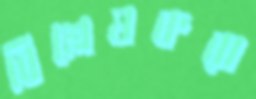
বিশ্লেষকরা